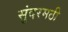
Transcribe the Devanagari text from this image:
सुंदरमठी